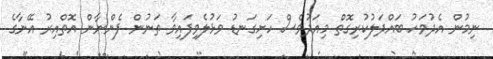
ނިމުން އެދުވަހު ބައްދަލުކުރިގޮތް މިއަދުވެސް ހަށިގަނޑު ވަޅުލެވިފައިވާ ތަނުން ފެންނާން އޮތްއިރު އޭނާގެ